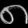
Digit: ၈